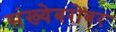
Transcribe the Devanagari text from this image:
संख्येबरोबर